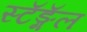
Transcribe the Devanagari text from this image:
स्टॅङ्गॅल